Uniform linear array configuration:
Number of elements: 12
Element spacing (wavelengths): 0.75
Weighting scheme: blackman
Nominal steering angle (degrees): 30
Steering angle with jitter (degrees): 29.969
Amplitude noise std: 0.05
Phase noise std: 0.05

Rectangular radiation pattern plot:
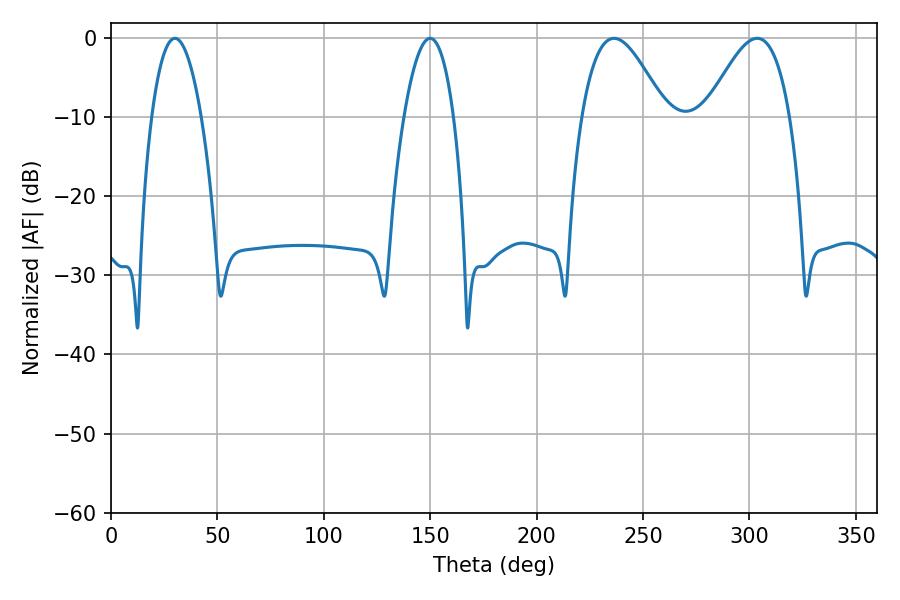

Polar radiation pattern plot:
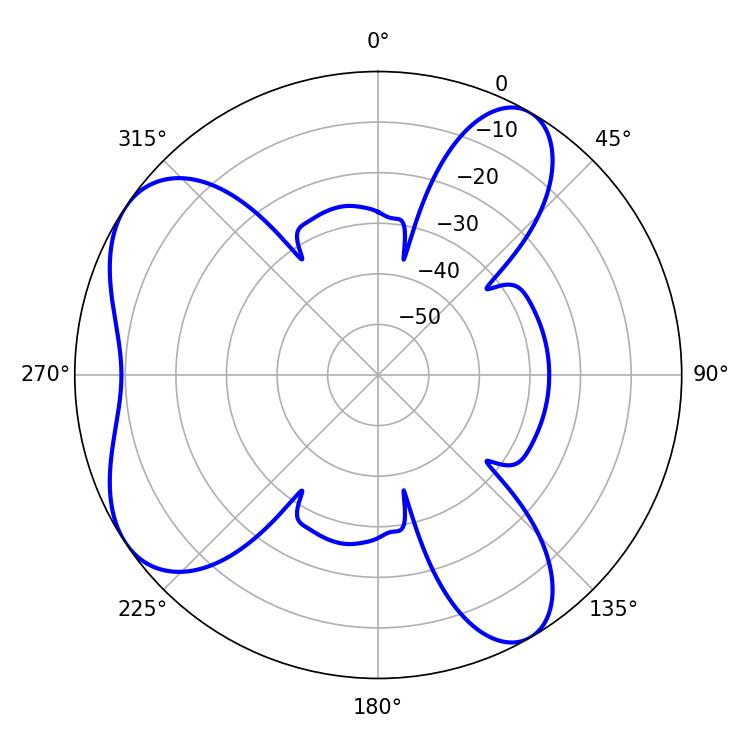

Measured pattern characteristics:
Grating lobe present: TRUE
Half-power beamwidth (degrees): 12.96
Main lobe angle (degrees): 30.06